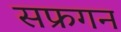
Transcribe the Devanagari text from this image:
सफ्रगन